画像に写った文字を読んでください
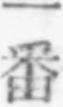
「一番」と書いてあります